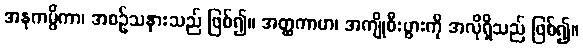
အနုကမ္ပိကာ၊ အစဉ်သနားသည် ဖြစ်၍။ အတ္ထကာမာ၊ အကျိုစီးပွားကို အလိုရှိသည် ဖြစ်၍။